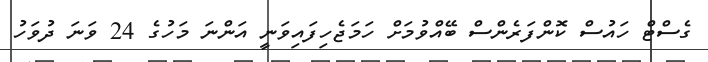
ގެސްޓް ހައުސް ކޮންފަރެންސް ބޭއްވުމަށް ހަމަޖެހިފައިވަނީ އަންނަ މަހުގެ 24 ވަނަ ދުވަހު